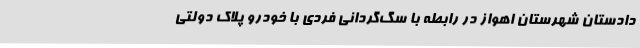
دادستان شهرستان اهواز در رابطه با سگ‌گردانی فردی با خودرو پلاک دولتی